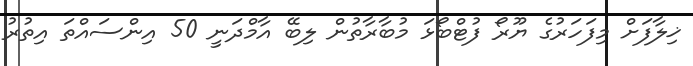
ޚިލާފަށް މިފަހަރުގެ ޔޫރޯ ފުޓްބޯޅަ މުބާރާތުން ލިބޭ އާމްދަނީ 50 އިންސައްތަ އިތުރު